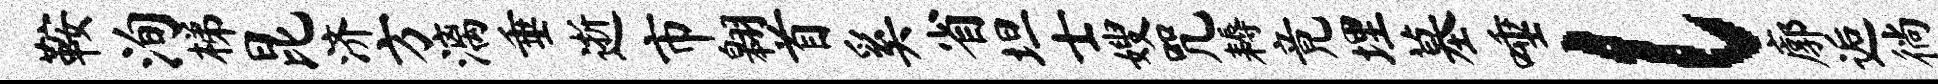
鞍洵梯昆济方漓垂逝市翱首奚省坦士嫂咒耨竟埋墓唾l廓逅徜